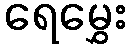
ရေမွှေး